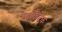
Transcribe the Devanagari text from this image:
स्टॉकटेक